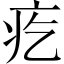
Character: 疙